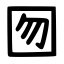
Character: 囫